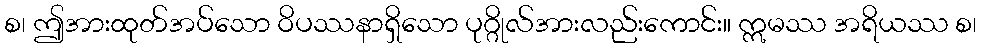
စ၊ ဤအားထုတ်အပ်သော ဝိပဿနာရှိသော ပုဂ္ဂိုလ်အားလည်းကောင်း။ ဣမဿ အရိယဿ စ၊